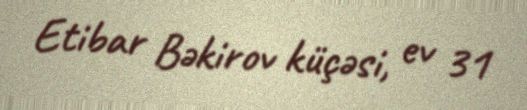
Etibar Bəkirov küçəsi, ev 31